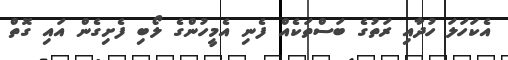
އެކަހަލަ ހުދާއި ރަތުގެ ބަސްތަކެއް ފެނި އެމީހުންގެ ލޯބި ފެށިގެން އައި ގޮތް